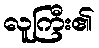
လူကြီး၏